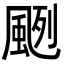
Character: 颲